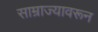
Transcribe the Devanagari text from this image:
साम्राज्यावरून